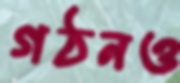
গঠনও